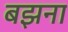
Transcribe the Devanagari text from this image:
बझना